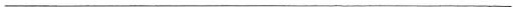
___